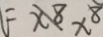
= F X 8 x ^ { 8 }